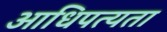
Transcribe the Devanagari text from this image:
आधिपत्यता